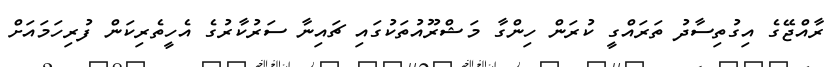
ރާއްޖޭގެ އިގުތިސާދު ތަރައްގީ ކުރަން ހިންގާ މަޝްރޫއުތަކުގައި ޗައިނާ ސަރުކާރުގެ އެހީތެރިކަން ފުރިހަމައަށް